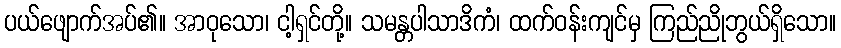
ပယ်ဖျောက်အပ်၏။ အာဝုသော၊ ငါ့ရှင်တို့။ သမန္တပါသာဒိကံ၊ ထက်ဝန်းကျင်မှ ကြည်ညိုဘွယ်ရှိသော။